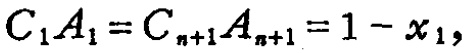
$C_{1}A_{1}=C_{n + 1}A_{n + 1}=1 - x_{1},$